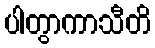
ပါတွာကာသီတိ